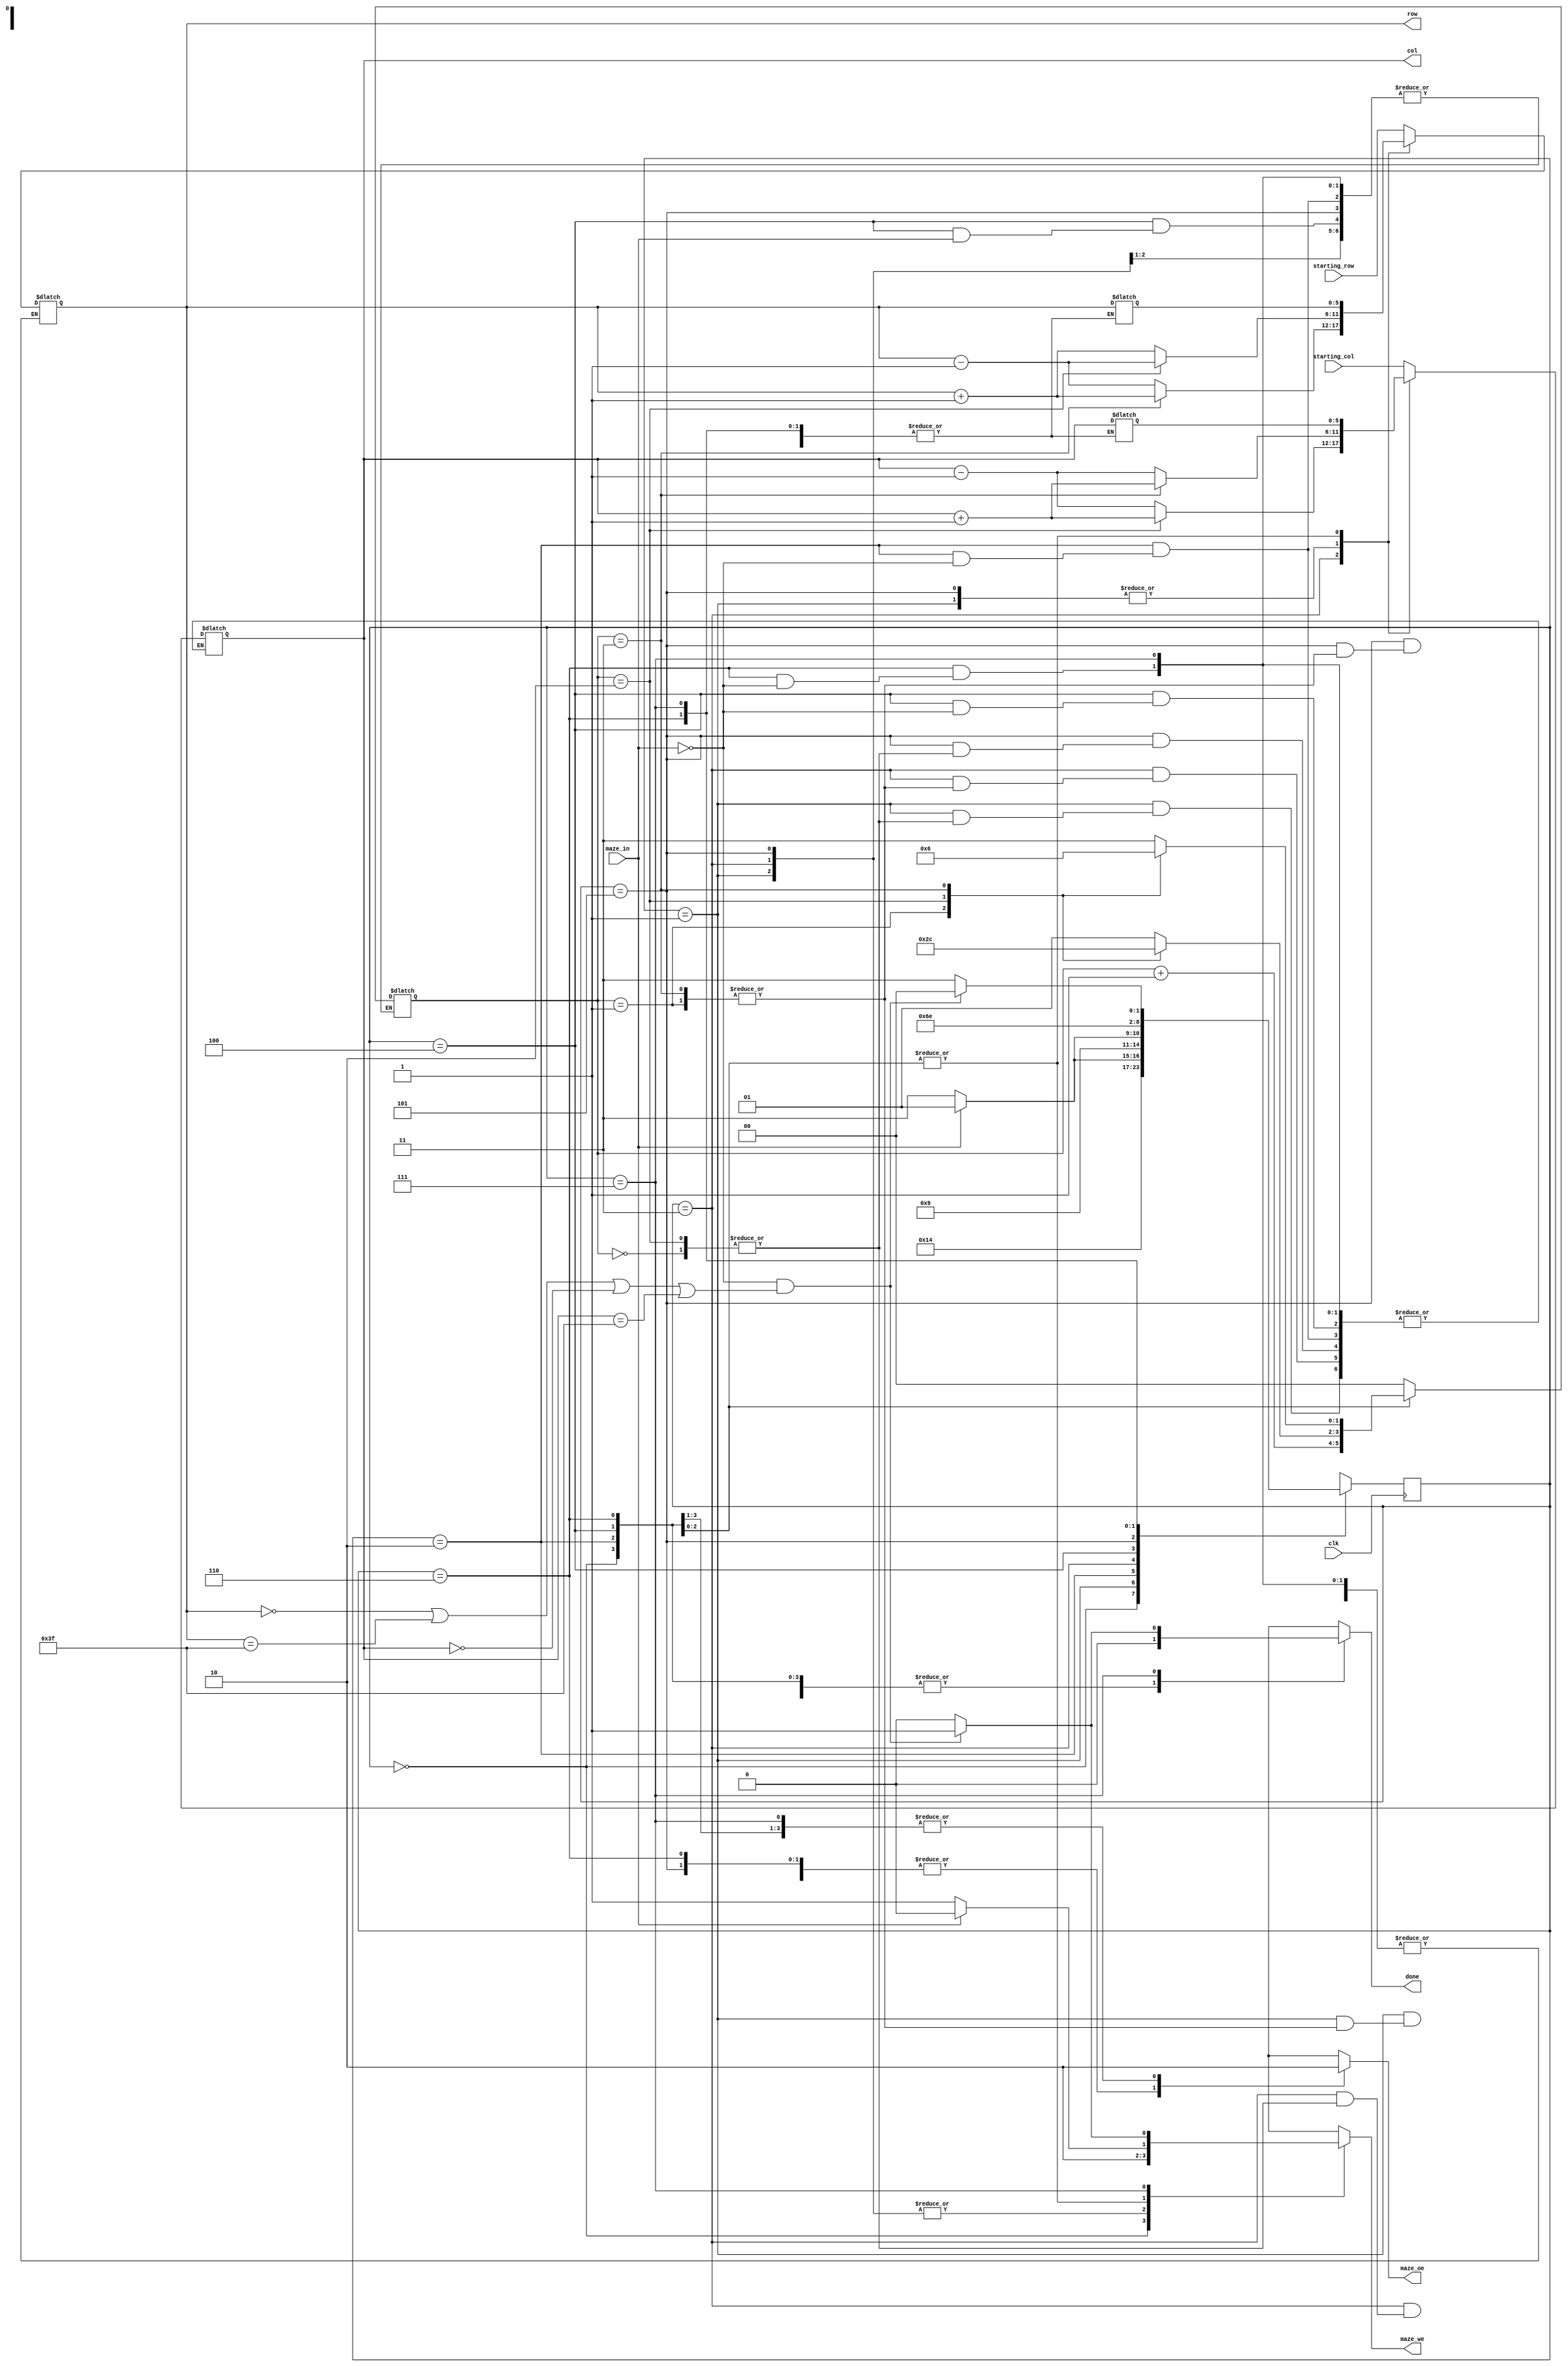
module maze(
		input clk,
		input [maze_width - 1:0]  starting_col, starting_row, 	// indicii punctului de start
		input maze_in, 			// ofera informatii despre punctul de coordonate [row, col]
		output reg [maze_width - 1:0] row, col,	 		// selecteaza un rnd si o coloana din labirint
		output reg maze_oe,			// output enable (activeaza citirea din labirint la rndul si coloana date) - semnal sincron	
		output reg maze_we, 			// write enable (activeaza scrierea n labirint la rndul si coloana date) - semnal sincron
		output reg done);		 	// iesirea din labirint a fost gasita; semnalul ramane activ 


`define initialize 0
`define choose_direction 1
`define check_new_cell 2
`define check_right_cell 3
`define change_or_keep_direction 4
`define check_front_cell 5 
`define keep_forward_or_go_left 6
`define check_if_solved 7


parameter maze_width = 6;
reg [maze_width - 1:0] prev_row, prev_col; // variabilele care retin coordonatele pozitiei anterioare
reg [1:0] d; // variabila pentru posibilele directii de deplasare: 0 - jos, 1 - stanga, 2 - sus, 3 - dreapta

reg [2:0] state, next_state;

always @(posedge clk) begin
		state <= next_state;
end

always @(*) begin
		next_state = `initialize; // prima stare va fi cea de inceput
		maze_oe = 0;
		maze_we = 0;
		done = 0;
		
		case(state)
				`initialize: begin
				
						row = starting_row;  // setez row si col ca fiind coordonatele punctului de inceput
						col = starting_col;
						
						
						maze_we = 1; // scriu 2 in celula de plecare deoarece este libera
						d = 0; // presupun ca initial aleg sa plec in jos
						
						
						next_state = `choose_direction;
				end
				
				`choose_direction: begin // ma uit in fiecare directie pt a le verifica in starea urmatoare
				
						prev_row = row; // salvez pozitia initiala inainte de a incepe verificarea
						prev_col = col;
						
						case(d)
								0: begin
										row = row + 1; //  verific jos
								end
								
								1: begin
										col = col - 1; // verific la stanga 
								end
								
								2: begin 
										row = row - 1; //  verific sus
								end
								
								3: begin 
										col = col + 1; // verific la dreapta
								end	
						endcase
						
						maze_oe = 1; // apelez maze_oe pt a vedea daca celula este un perete sau este libera in urmatoarea stare
						
						next_state = `check_new_cell;
				end

				`check_new_cell: begin	
						
						if(maze_in == 0) begin // daca celula este libera, raman in aceasta si incep algoritmul de verificare la dreapta
								
								maze_we = 1; // marchez noua celula cu 2
								next_state = `check_right_cell;	
						end
						else begin // daca celula este un perete, ma intorc inapoi
							
								col = prev_col; // revin la pozitia precedenta si aleg alta directie
								row = prev_row;
								
								d = d + 1; // incerc urmatoarea directie
								
								next_state = `choose_direction; 
						end
				end
				
				`check_right_cell: begin // verific daca pot merge la dreapta in functie de ce directie a fost urmata
						
						prev_col = col; // retin pozitia curenta inainte de a verifica
						prev_row = row;
						
						case(d) 
								0: begin
										col = col - 1; // daca directia este jos -> verific in stanga
								end
						
								1: begin
										row = row - 1; // daca directia este in stanga -> verific in sus
								end
								
								2: begin
										col = col + 1; // daca directia este sus -> verific spre dreapta
								end
								
								3: begin
										row = row + 1; // daca directia este in dreapta-> verific in jos
								end
						endcase
						
						maze_oe = 1; // activez maze_oe pt a vedea cum este celula din dreapta in starea urmatoare
						
						next_state = `change_or_keep_direction;
				end
				
				`change_or_keep_direction: begin  // aici decid daca modific directia, dupa ce aflu prin maze_in cum este noua celula
						
						if(maze_in == 0) begin // daca celula e libera, raman in ea si verific daca am terminat maze-ul
							
								case(d) 
										0: begin
												d = 1; // jos -> stanga
										end
										
										1: begin
												d = 2; // stanga -> sus
										end

										2: begin
												d = 3; // sus -> dreapta
										end
										
										3: begin
												d = 0; // dreapta -> jos
										end
								endcase
								
								maze_we = 1; // marchez noua celula cu 2
								next_state = `check_if_solved;
						end
						
						else begin // daca celula este un perete, ma intorc si trec in urmatoarea stare unde o verific pe cea din fata
						
								col = prev_col; // ma intorc in celula anterioara
								row = prev_row;
							
								next_state = `check_front_cell;
						end
				end
				
				`check_front_cell: begin // aici verific daca pot merge inainte deoarece la dreapta am perete
						
						prev_col = col; // retin pozitia inainte de a verifica
						prev_row = row;
	
						case(d)
								0: begin
										row = row + 1; // jos
								end
								
								1: begin
										col = col - 1; // stanga
								end
								
								2: begin 
										row = row - 1; // sus
								end
								
								3: begin 
										col = col + 1; // dreapta
								end
						endcase
							
						maze_oe = 1; // apelez maze_oe pt a vedea cum este celula din fata in urmatoarea stare
						
						next_state = `keep_forward_or_go_left;
				end
			
				`keep_forward_or_go_left: begin // daca nu ma pot deplasa nici inainte (nici la dreapta), merg spre stanga
						
						if(maze_in == 0) begin // pastrez drumul inainte, daca celula din fata e libera
						
								maze_we = 1; // marchez cu 2 campul din fata
								
						end
						
						else begin // schimb directia spre stanga, daca celula din fata e perete
						
								col = prev_col; // ma intorc la pozitia anterioara
								row = prev_row; 
								
								case(d)
										0: begin
												d = 3; // jos -> dreapta
										end
										
										1: begin
												d = 0; // stanga -> jos
										end

										2: begin
												d = 1; // sus -> stanga
										end
									
										3: begin
												d = 2; // dreapta -> sus
										end
								endcase
						end
								
						maze_oe = 1; // il apelez pt verificarea finala
						next_state = `check_if_solved;
						
				end
				
				
				`check_if_solved: begin // in starea asta verific daca am ajuns la iesire
				
						if(maze_in == 0 && (row == 0 || row == 63 || col == 0 || col == 63)) begin //daca sunt la margine si celula e libera,
																															// am iesit din labirint 
								
								maze_we = 1; // marchez cu 2 pozitia
								
								done = 1; //  activez done pt ca am terminat maze-ul
						end
						
						else begin //daca conditiile de finish nu-s indeplinite, revin la check_right_cell
										
								next_state = `check_right_cell;
						end
				end
								
	endcase
end														

endmodule